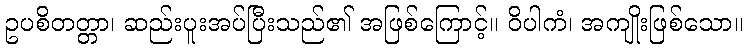
ဥပစိတတ္တာ၊ ဆည်းပူးအပ်ပြီးသည်၏ အဖြစ်ကြောင့်။ ဝိပါကံ၊ အကျိုးဖြစ်သော။